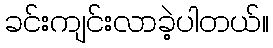
ခင်းကျင်းလာခဲ့ပါတယ်။